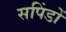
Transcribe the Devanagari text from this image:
सपिंडों